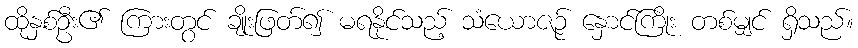
ထိုနှစ်ဦး၏ ကြားတွင် ချိုးဖြတ်၍ မရနိုင်သည့် သံယောဇဉ် နှောင်ကြိုး တစ်မျှင် ရှိသည်။